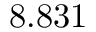
8 . 8 3 1